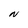
Character: N